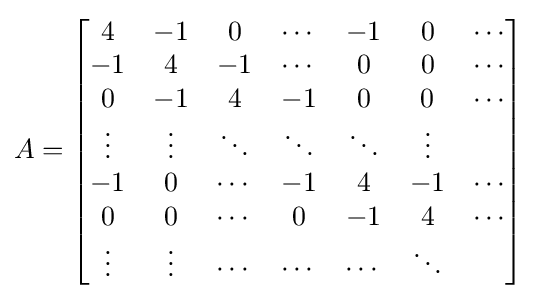
A={\begin{bmatrix}4&-1&0&\cdots &-1&0&\cdots \\-1&4&-1&\cdots &0&0&\cdots \\0&-1&4&-1&0&0&\cdots \\\vdots &\vdots &\ddots &\ddots &\ddots &\vdots \\-1&0&\cdots &-1&4&-1&\cdots \\0&0&\cdots &0&-1&4&\cdots \\\vdots &\vdots &\cdots &\cdots &\cdots &\ddots \end{bmatrix}}